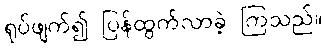
ရုပ်ဖျက်၍ ပြန်ထွက်လာခဲ့ ကြသည်။